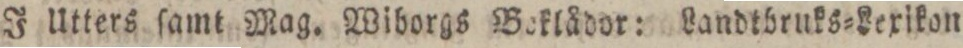
J Utters ſamt Mag. Wiborgs Beklådor: Landtbruks=Lexikon